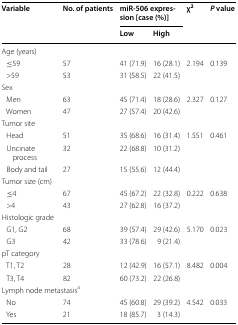
| <ROWSPAN=2> Variable | <ROWSPAN=2> No. of patients | <COLSPAN=2> miR-506 expression [case (%)] | <ROWSPAN=2> χ2 | <ROWSPAN=2> P value |
 | Low | High |
 | --- | --- | --- | --- | --- | --- |
 | <COLSPAN=6> Age (years) |
 | ≤59 | 57 | 41 (71.9) | 16 (28.1) | 2.194 | 0.139 |
 | >59 | 53 | 31 (58.5) | 22 (41.5) |  |  |
 | <COLSPAN=6> Sex |
 | Men | 63 | 45 (71.4) | 18 (28.6) | 2.327 | 0.127 |
 | Women | 47 | 27 (57.4) | 20 (42.6) |  |  |
 | <COLSPAN=6> Tumor site |
 | Head | 51 | 35 (68.6) | 16 (31.4) | 1.551 | 0.461 |
 | Uncinate process | 32 | 22 (68.8) | 10 (31.2) |  |  |
 | Body and tail | 27 | 15 (55.6) | 12 (44.4) |  |  |
 | <COLSPAN=6> Tumor size (cm) |
 | ≤4 | 67 | 45 (67.2) | 22 (32.8) | 0.222 | 0.638 |
 | >4 | 43 | 27 (62.8) | 16 (37.2) |  |  |
 | <COLSPAN=6> Histologic grade |
 | G1, G2 | 68 | 39 (57.4) | 29 (42.6) | 5.170 | 0.023 |
 | G3 | 42 | 33 (78.6) | 9 (21.4) |  |  |
 | <COLSPAN=6> pT category |
 | T1, T2 | 28 | 12 (42.9) | 16 (57.1) | 8.482 | 0.004 |
 | T3, T4 | 82 | 60 (73.2) | 22 (26.8) |  |  |
 | <COLSPAN=6> Lymph node metastasisa |
 | No | 74 | 45 (60.8) | 29 (39.2) | 4.542 | 0.033 |
 | Yes | 21 | 18 (85.7) | 3 (14.3) |  |  |